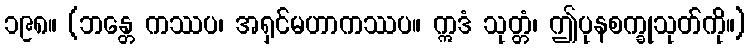
၁၉၈။ (ဘန္တေ ကဿပ၊ အရှင်မဟာကဿပ။ ဣဒံ သုတ္တံ၊ ဤပုနစက္ခုသုတ်ကို။)